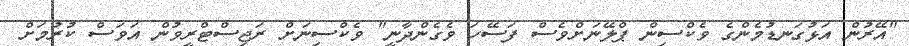
"އޭރުން އަޅުގަނޑުމެންގެ ވެކްސިން ޕްލޭނަށްވެސް ފަސޭހަ ވެގެންދާނީ" ވެކްސިނަށް ރަޖިސްޓްރީވުން އަވަސް ކުރުމަށް